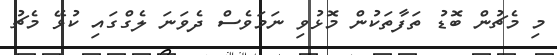
މި މެޗުން ބޮޑު ތަފާތަކުން މޮޅުވި ނަމަވެސް ދެވަނަ ލެގްގައި ކުޅޭ މެޗު